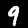
Label: 9